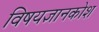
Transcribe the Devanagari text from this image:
विषयज्ञानकोश